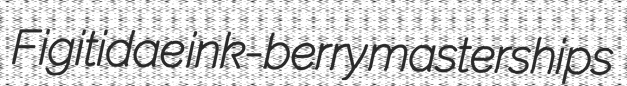
Figitidae ink-berry masterships